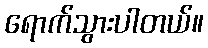
ရောက်သွားပါတယ်။